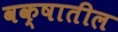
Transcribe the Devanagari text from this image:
वक्षातील